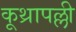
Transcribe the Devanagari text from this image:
कूथ्रापल्ली